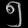
Digit: ၅